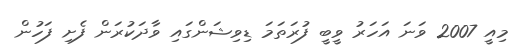
މިއީ 2007 ވަނަ އަހަރު ވީބީ ފުރަތަމަ ޑިވިޝަންގައި ވާދަކުރަން ފެށި ފަހުން